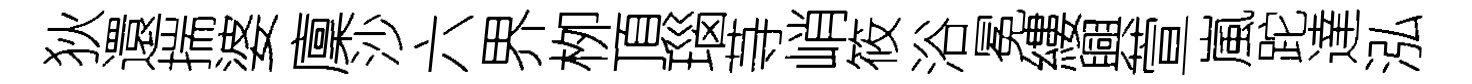
狄還揣婆廩沙六界栁頂瑙䒭峭筱浴冕縷興萱嵐跎達泓